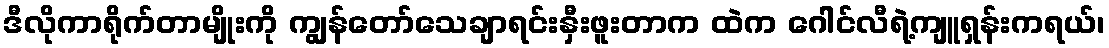
ဒီလိုကာရိုက်တာမျိုးကို ကျွန်တော်သေချာရင်းနှီးဖူးတာက ထဲက ဂေါင်လီရဲ့ကျူရှန်းကရယ်၊